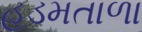
હડમતાળા